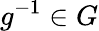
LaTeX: g^{-1}\in G